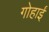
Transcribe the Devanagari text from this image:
गोहार्इं